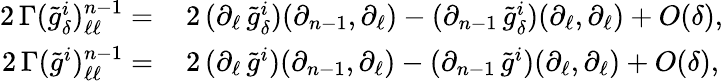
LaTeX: \begin{array}{rl}{2\, \Gamma(\tilde{g}_{\delta}^{i})_{\ell\ell}^{n-1}=\, }&{2\, (\partial_{\ell}\, \tilde{g}_{\delta}^{i})(\partial_{n-1},\partial_{\ell})-(\partial_{n-1}\, \tilde{g}_{\delta}^{i})(\partial_{\ell},\partial_{\ell})+O(\delta),}\\ {2\, \Gamma(\tilde{g}^{i})_{\ell\ell}^{n-1}=\, }&{2\, (\partial_{\ell}\, \tilde{g}^{i})(\partial_{n-1},\partial_{\ell})-(\partial_{n-1}\, \tilde{g}^{i})(\partial_{\ell},\partial_{\ell})+O(\delta),}\end{array}